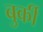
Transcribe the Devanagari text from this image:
बुर्की